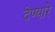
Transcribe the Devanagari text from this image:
देण्यारे